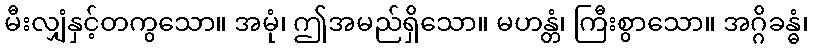
မီးလျှံနှင့်တကွသော။ အမုံ၊ ဤအမည်ရှိသော။ မဟန္တံ၊ ကြီးစွာသော။ အဂ္ဂိခန္ဓံ၊